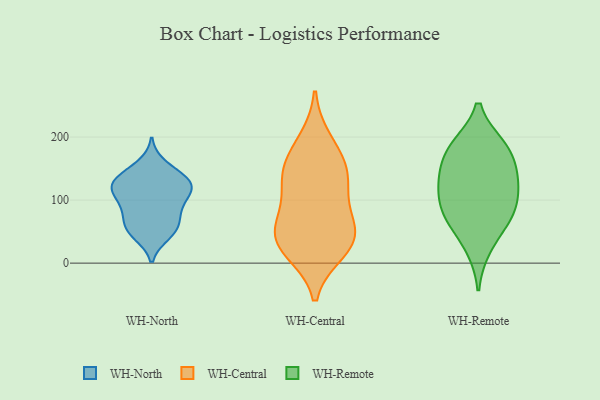
{"axis": {"x": "Population (Million)", "y": "Value"}, "legend": ["WH-Central", "WH-North", "WH-Remote"], "data": [{"x": "", "y": 136, "type": "WH-North"}, {"x": "", "y": 84, "type": "WH-North"}, {"x": "", "y": 78, "type": "WH-North"}, {"x": "", "y": 115, "type": "WH-North"}, {"x": "", "y": 133, "type": "WH-North"}, {"x": "", "y": 52, "type": "WH-North"}, {"x": "", "y": 89, "type": "WH-North"}, {"x": "", "y": 121, "type": "WH-North"}, {"x": "", "y": 51, "type": "WH-North"}, {"x": "", "y": 120, "type": "WH-North"}, {"x": "", "y": 45, "type": "WH-North"}, {"x": "", "y": 117, "type": "WH-North"}, {"x": "", "y": 60, "type": "WH-North"}, {"x": "", "y": 108, "type": "WH-North"}, {"x": "", "y": 156, "type": "WH-North"}, {"x": "", "y": 138, "type": "WH-North"}, {"x": "", "y": 20, "type": "WH-Central"}, {"x": "", "y": 40, "type": "WH-Central"}, {"x": "", "y": 31, "type": "WH-Central"}, {"x": "", "y": 152, "type": "WH-Central"}, {"x": "", "y": 123, "type": "WH-Central"}, {"x": "", "y": 79, "type": "WH-Central"}, {"x": "", "y": 193, "type": "WH-Central"}, {"x": "", "y": 39, "type": "WH-Central"}, {"x": "", "y": 56, "type": "WH-Central"}, {"x": "", "y": 128, "type": "WH-Central"}, {"x": "", "y": 159, "type": "WH-Central"}, {"x": "", "y": 124, "type": "WH-Remote"}, {"x": "", "y": 120, "type": "WH-Remote"}, {"x": "", "y": 73, "type": "WH-Remote"}, {"x": "", "y": 67, "type": "WH-Remote"}, {"x": "", "y": 140, "type": "WH-Remote"}, {"x": "", "y": 97, "type": "WH-Remote"}, {"x": "", "y": 186, "type": "WH-Remote"}, {"x": "", "y": 181, "type": "WH-Remote"}, {"x": "", "y": 79, "type": "WH-Remote"}, {"x": "", "y": 24, "type": "WH-Remote"}, {"x": "", "y": 185, "type": "WH-Remote"}, {"x": "", "y": 148, "type": "WH-Remote"}]}